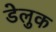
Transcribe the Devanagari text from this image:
डेलुक